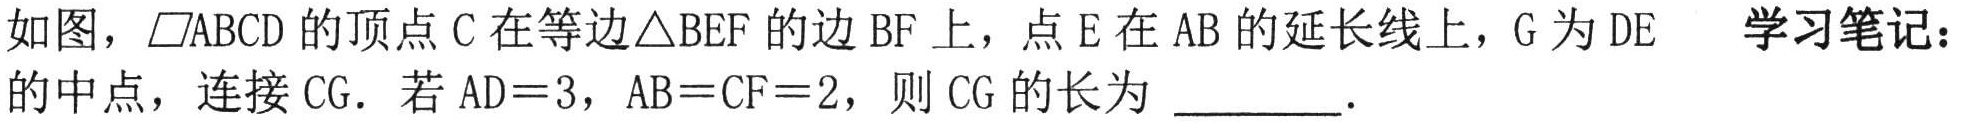
如图，\(\parallelogram ABCD\)的顶点\(C\)在等边\(\triangle BEF\)的边\(BF\)上，点\(E\)在\(AB\)的延长线上，\(G\)为\(DE\)的中点，连接\(CG\). 若\(AD = 3\)，\(AB=CF = 2\)，则\(CG\)的长为  ． 学习笔记：